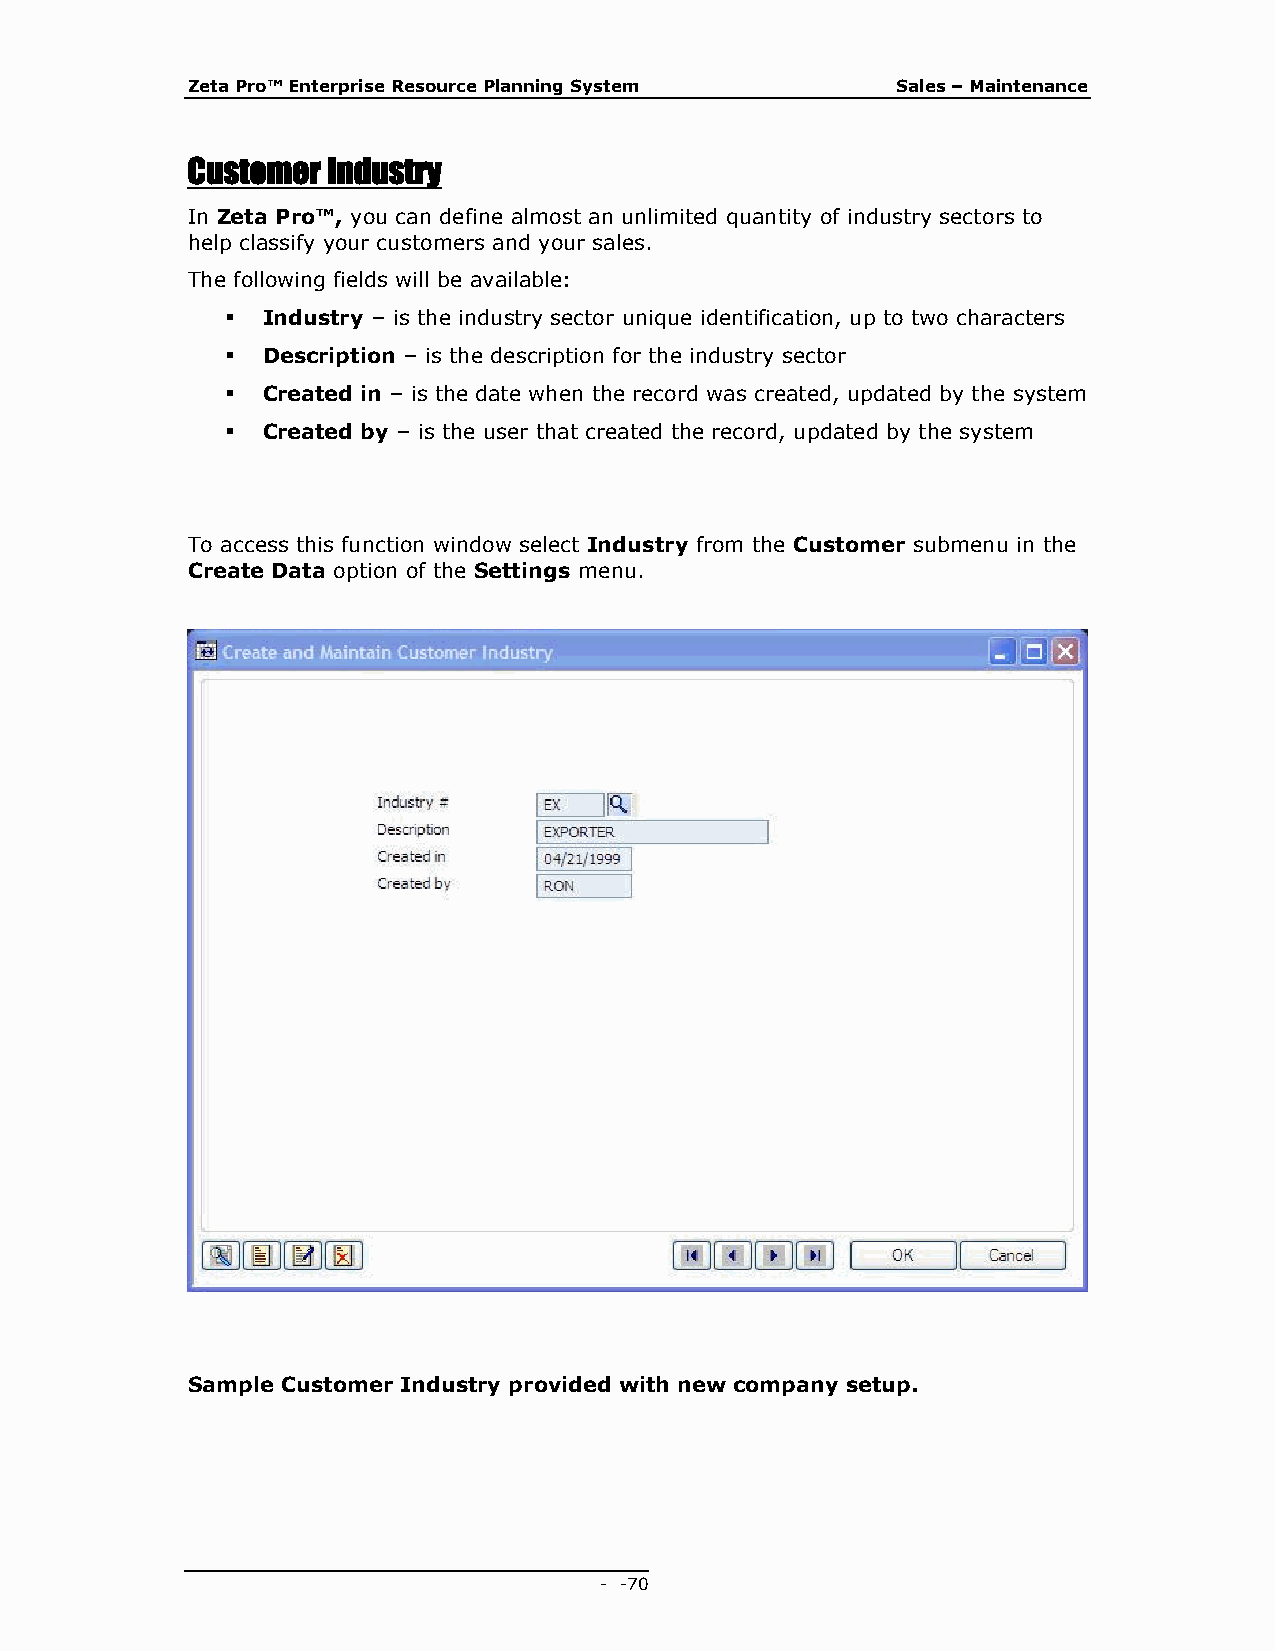
Zeta Pro™ Enterprise Resource Planning System  Sales – Maintenance
 Customer  Industry
 In Zeta Pro™, you can define almost an unlimited quantity of industry sectors to
 help classify your customers and your sales.
 The following fields will be available:
  Industry – is the industry sector unique identification, up to two characters
  Description – is the description for the industry sector
  Created in – is the date when the record was created, updated by the system
  Created by – is the user that created the record, updated by the system
 To access this function window select Industry from the Customer submenu in the
 Create Data option of the Settings menu.
 Sample Customer Industry provided with new company setup.
 - - 70